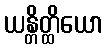
ယန္တိတ္ထိယော